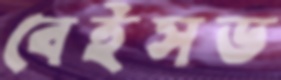
বেইসড